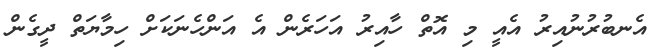
އެނބުރުނުއިރު އެއީ މި އޮތް ހާއިރު އަހަރެން އެ އަންހެނަކަށް ހިމާޔަތް ދީގެން